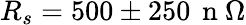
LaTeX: R_{s}=500\pm 250\, \mathrm{~n~}\Omega